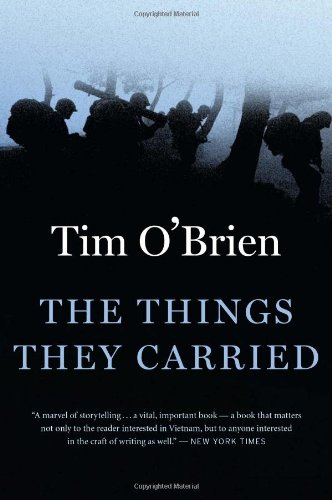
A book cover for The Things They Carried; Tim O'Brien; Literature & Fiction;